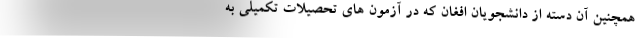
همچنین آن دسته از دانشجویان افغان که در آزمون های تحصیلات تکمیلی به